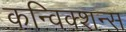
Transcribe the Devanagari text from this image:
कन्विक्शन्स